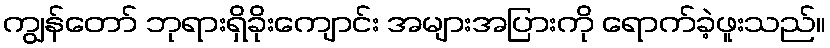
ကျွန်တော် ဘုရားရှိခိုးကျောင်း အများအပြားကို ရောက်ခဲ့ဖူးသည်။